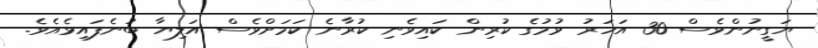
ޔަގީނުންވެސް 30 އަހަރު ވުމުގެ ކުރިން ކައިވެނި ކުރާނެ ކަމަށްވެސް އަލިޔާ ބުނެފައިވެއެވެ.